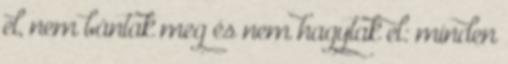
el, nem bántak meg és nem hagytak el: minden